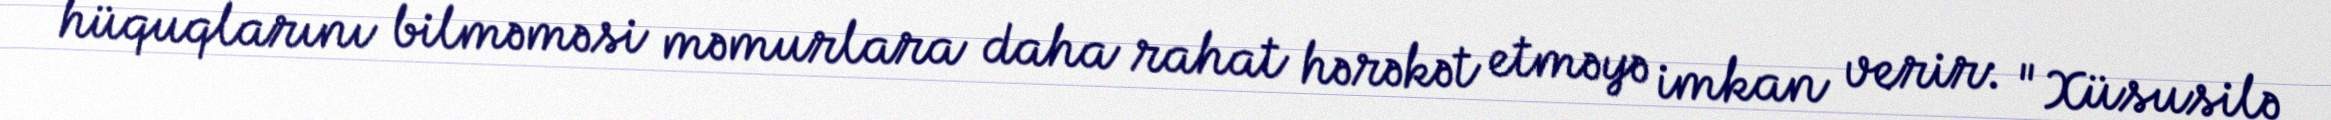
hüquqlarını bilməməsi məmurlara daha rahat hərəkət etməyə imkan verir: "Xüsusilə